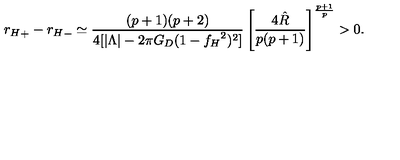
{ r _ { H } } _ { + } - { r _ { H } } _ { - } \simeq \frac { ( p + 1 ) ( p + 2 ) } { 4 [ | \Lambda | - 2 \pi G _ { D } ( 1 - { f _ { H } } ^ { 2 } ) ^ { 2 } ] } \left[ \frac { 4 \hat { R } } { p ( p + 1 ) } \right] ^ { \frac { p + 1 } { p } } > 0 .